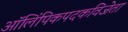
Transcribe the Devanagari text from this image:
ऑलिंपिकपदकविजेता